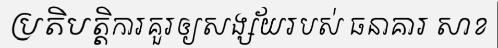
ប្រតិបត្តិការគួរឲ្យសង្ស័យរបស់ ធនាគារ សាខ